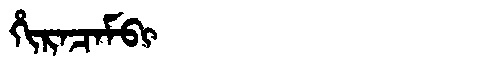
Manchu: ᡥᡳᡵᠠᠴᠠᠮᠪᡳ
Romanization: HIRACAMBI